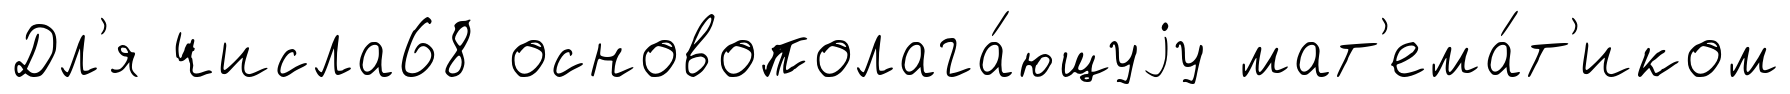
Дл'я числа68 основополага́ющуjу мат'ема́т'иком